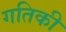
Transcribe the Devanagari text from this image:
गतिकी